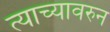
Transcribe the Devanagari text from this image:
त्याच्यावरुन